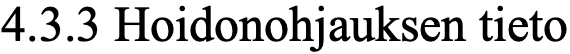
4.3.3 Hoidonohjauksen tieto